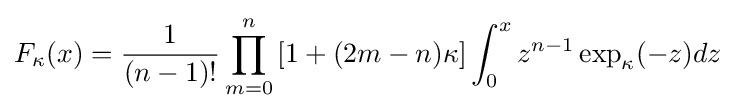
F_{\kappa }(x)={\frac {1}{(n-1)!}}\prod _{m=0}^{n}\left[1+(2m-n)\kappa \right]\int _{0}^{x}z^{n-1}\exp _{\kappa }(-z)dz